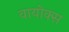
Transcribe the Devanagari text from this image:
वायोक्स